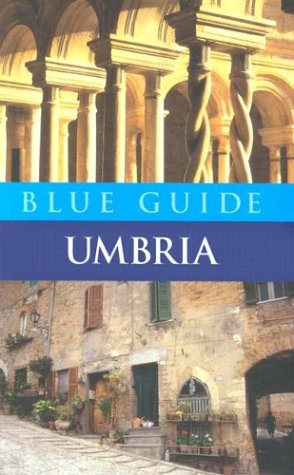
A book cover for Blue Guide Umbria (Fourth Edition)  (Blue Guides); Alta Macadam; Travel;